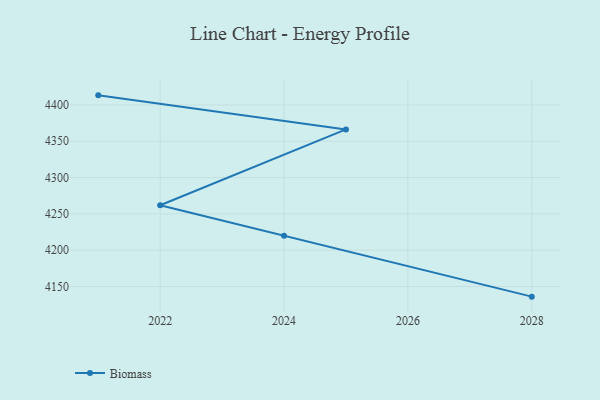
{"axis": {"x": "Year", "y": "LTV (USD)"}, "legend": ["Biomass"], "data": [{"x": "2028", "y": 4136.0, "type": "Biomass"}, {"x": "2024", "y": 4220.0, "type": "Biomass"}, {"x": "2022", "y": 4261.8, "type": "Biomass"}, {"x": "2025", "y": 4366.3, "type": "Biomass"}, {"x": "2021", "y": 4413.2, "type": "Biomass"}]}